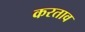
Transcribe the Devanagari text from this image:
करताव